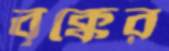
বৃক্কের